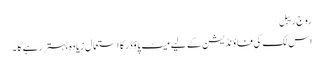
رو ج ریبل
اس لک کی فا ؤنڈیشن کے لیے میٹ پاؤڈر کا استعمال زیادہ بہتر رہے گا ۔